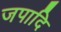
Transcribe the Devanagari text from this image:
जपादि